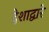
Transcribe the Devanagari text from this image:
देशाद्वारे